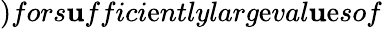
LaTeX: )fors\mathbf{u}ffici\mathrm{e}ntlylarg\mathrm{e}val\mathbf{u}\mathrm{e}sof